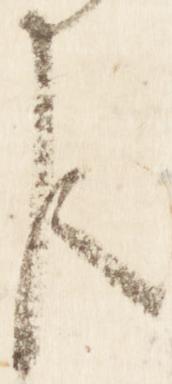
臣